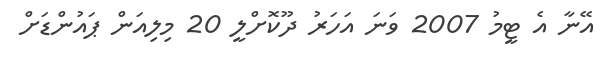
އޭނާ އެ ޓީމު 2007 ވަނަ އަހަރު ދޫކޮށްލީ 20 މިލިއަން ޕައުންޑަށް